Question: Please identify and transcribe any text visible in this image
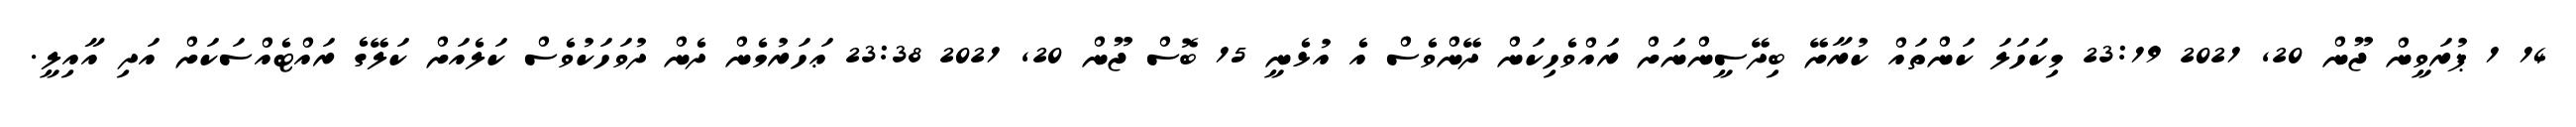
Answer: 14 1 ޕުރަވީން ޖޫން 20, 2021 23:19 މިކަހަލަ ކަންތައް ކުރާށޭ ބިދޭސީންނަށް ރައްވެހިކަން ދޭންވެސް އެ އުޅެނީ 15 ބޮސް ޖޫން 20, 2021 23:38 ޢަހަރުމެން ދެން ދުވަހަކުވެސް ކަލެއަށް ކަލޭގެ ރައްޓެއްސަކަށް އަދި އާއިލީ.